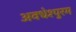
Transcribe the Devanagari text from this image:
अवधेश्पुरम